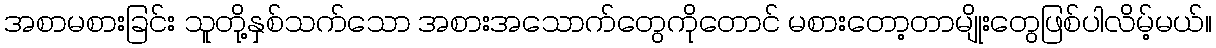
အစာမစားခြင်း သူတို့နှစ်သက်သော အစားအသောက်တွေကိုတောင် မစားတော့တာမျိုးတွေဖြစ်ပါလိမ့်မယ်။